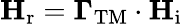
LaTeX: \mathbf{H}_{\mathrm{r}}=\mathbf{\Gamma}_{\mathrm{TM}}\cdot\mathbf{H}_{\mathrm{i}}